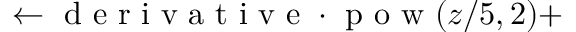
\leftarrow \mathrm { ~ d ~ e ~ r ~ i ~ v ~ a ~ t ~ i ~ v ~ e ~ } \cdot \mathrm { ~ p ~ o ~ w ~ } ( z / 5 , 2 ) +